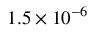
1 . 5 \times 1 0 ^ { - 6 }